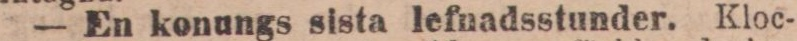
— En konungs sista lefnadsstunder. Kloc-